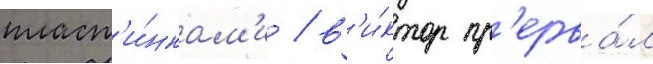
пласт'и́нкам'и / в'и́ктор пр'ерва́л